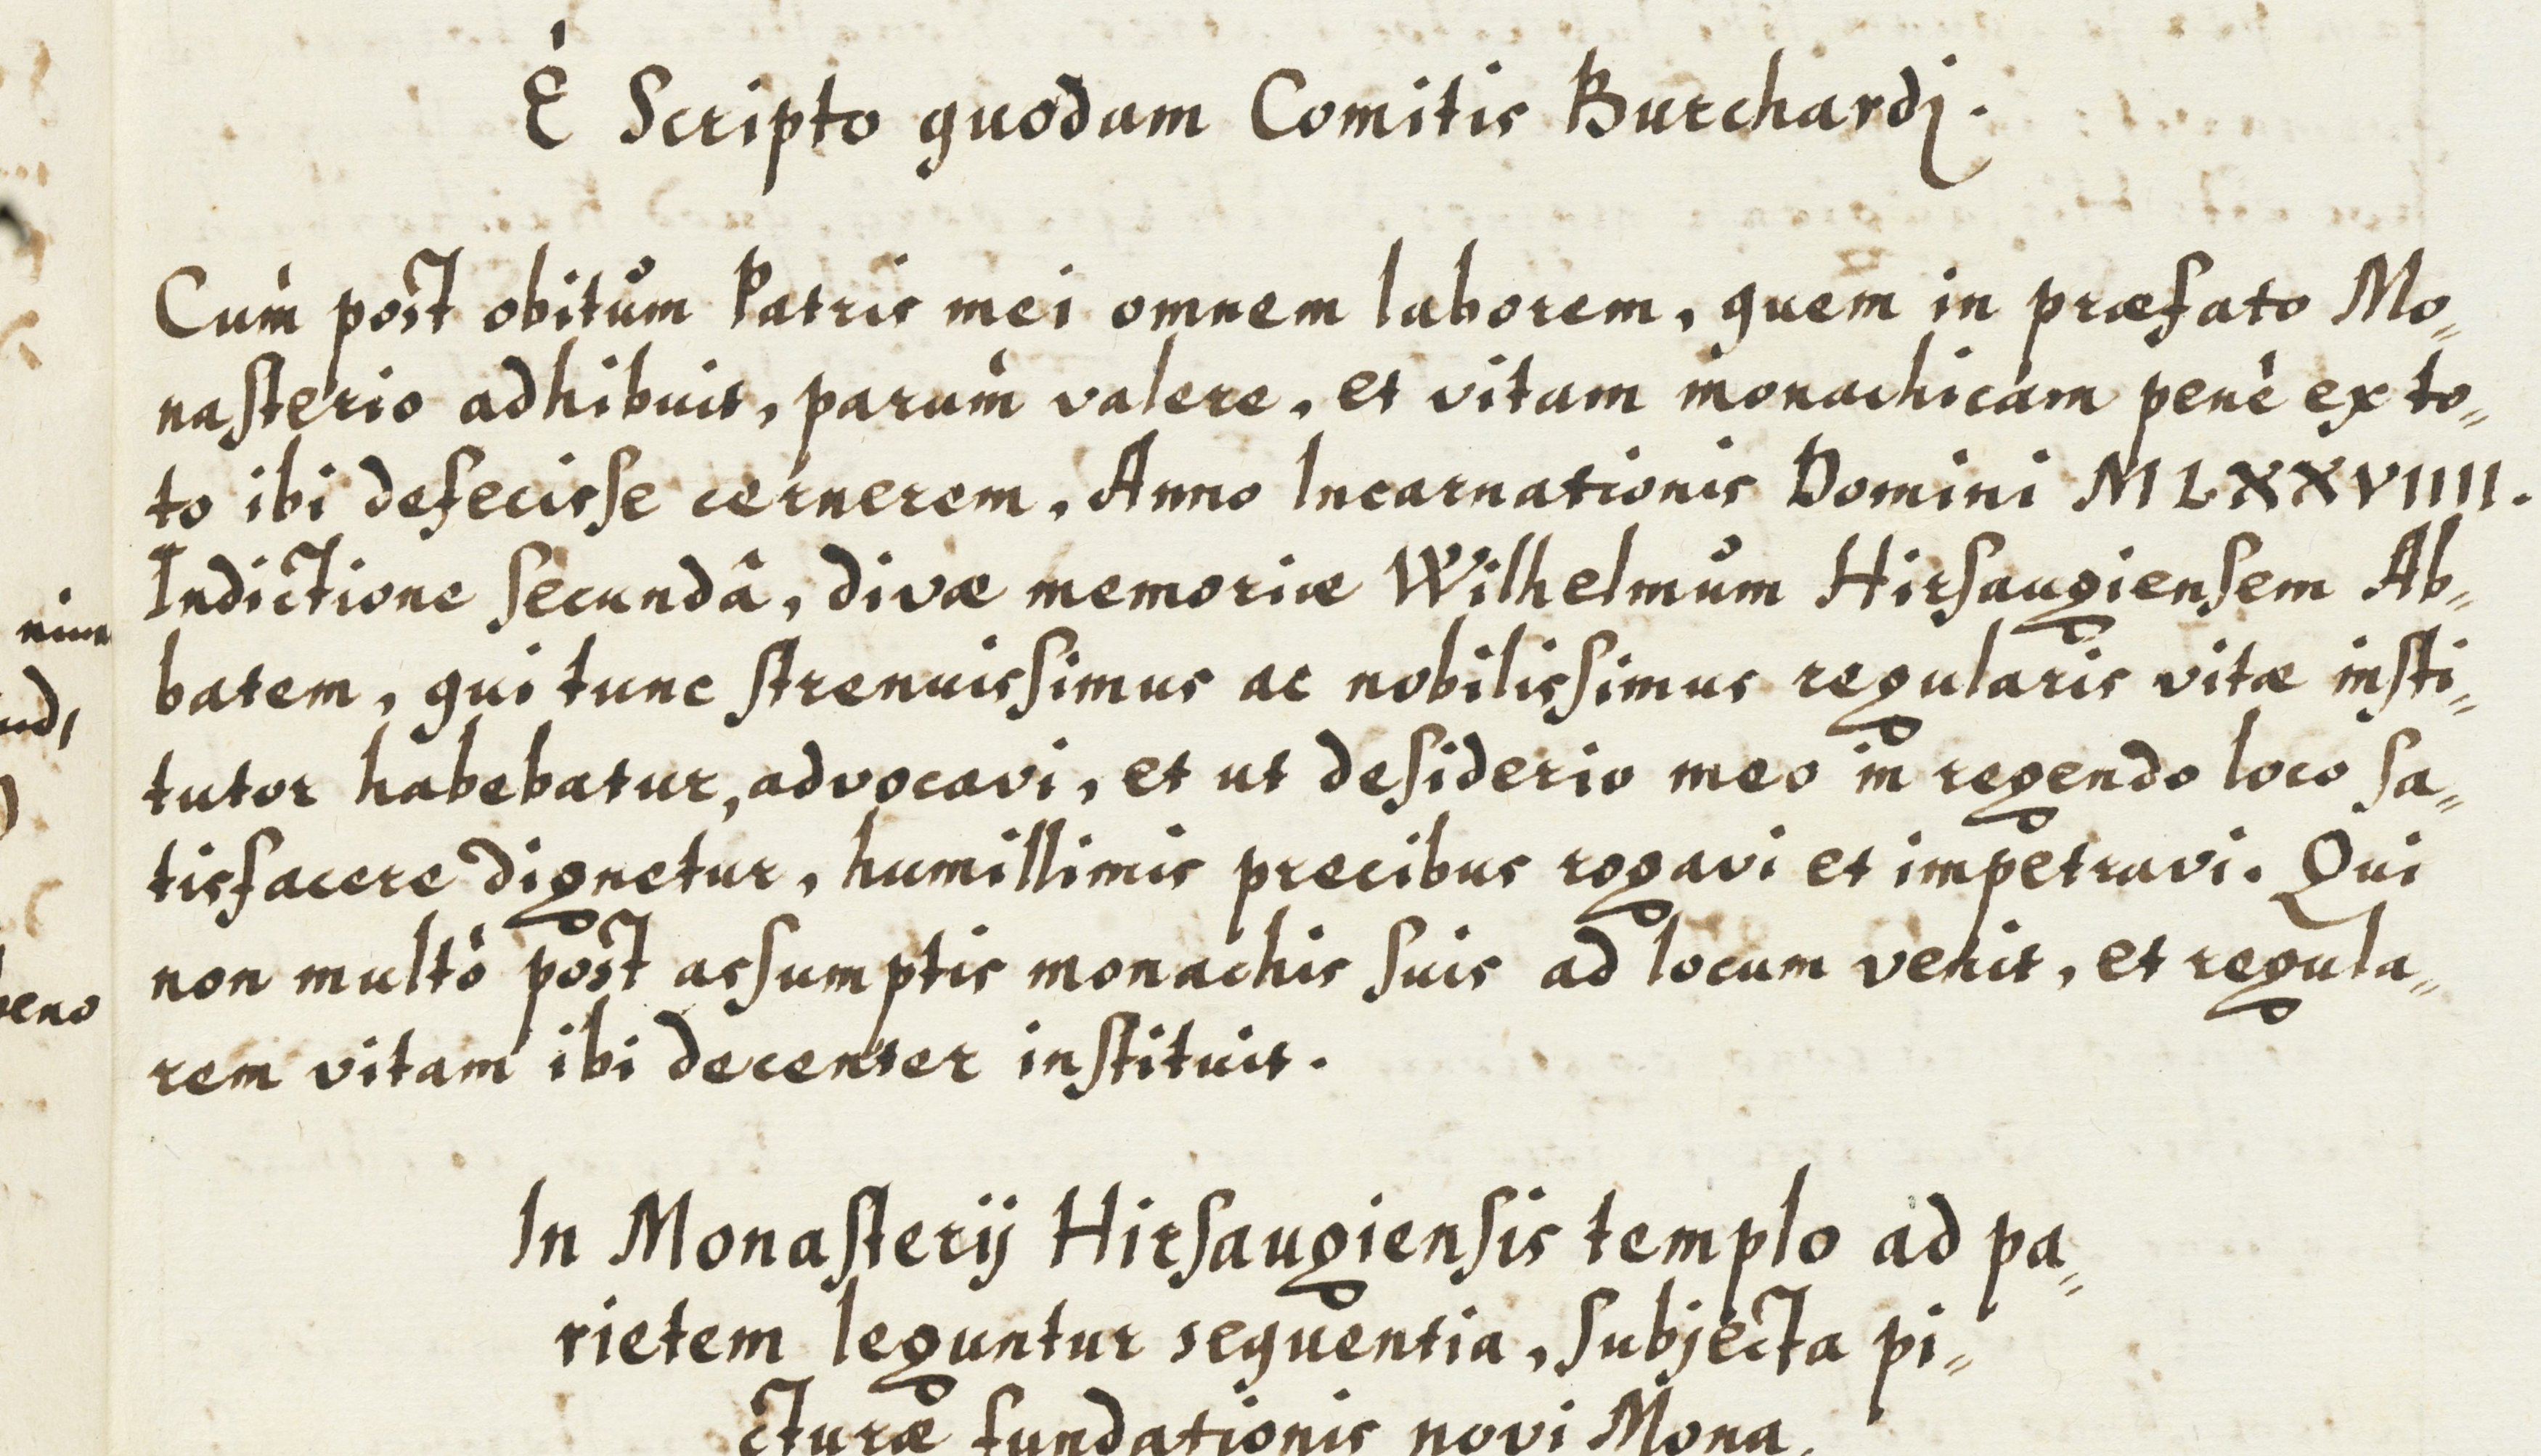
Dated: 1614–1638